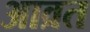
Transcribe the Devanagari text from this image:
आव्रत